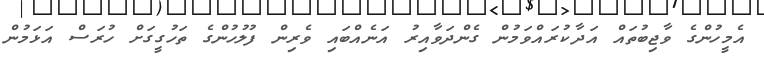
އެމީހުންގެ ވާޖިބުތައް އަދާކުރައްވަމުން ގެންދަވާއިރު އަނެއްބައި ވެރިން ފުލުހުންގެ ތަހުގީގަށް ހުރަސް އަޅަމުން